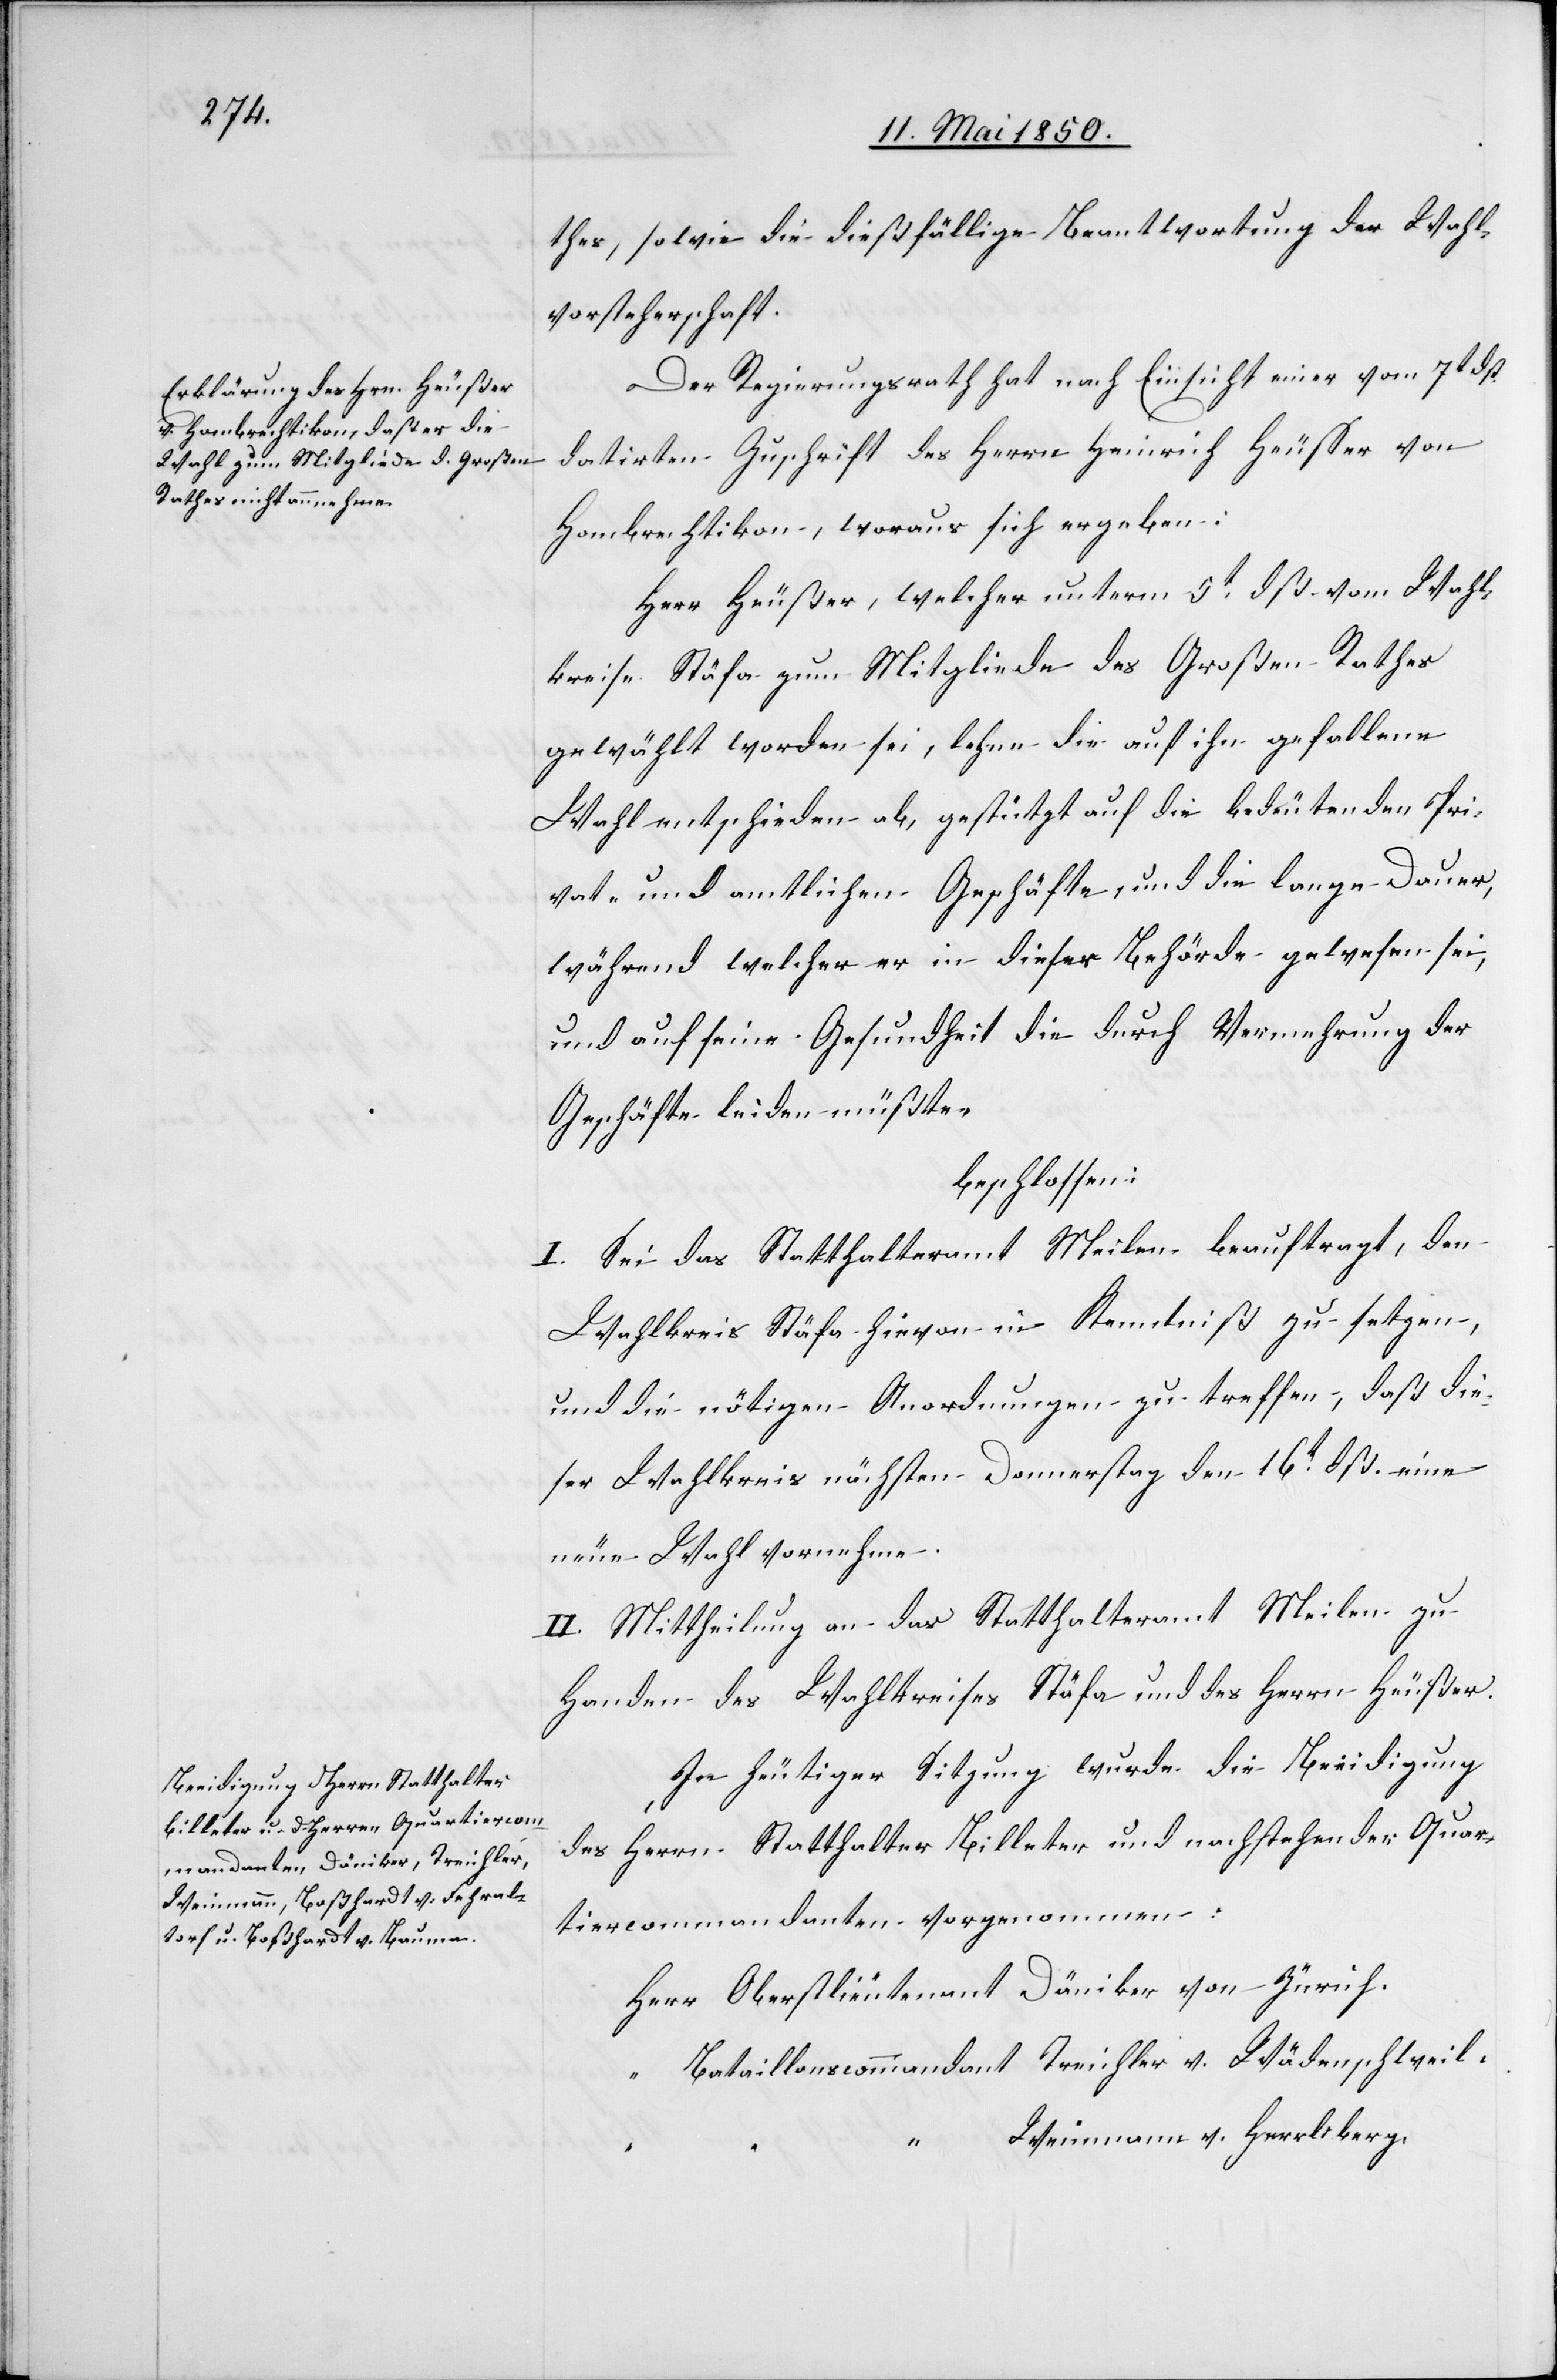
thes, sowie die dießfällige Beantwortung der Wahl¬
vorsteherschaft.
Der Regierungsrath hat nach Einsicht einer vom 7t dß.
datirten Zuschrift des Herrn Heinrich Heusser von
Hombrechtikon, woraus sich ergeben:
Herr Heußer, welcher unterm 5t dß. vom Wahl¬
kreise Stäfa zum Mitgliede des Großen Rathes
gewählt worden sei, lehne die auf ihn gefallene
Wahl entschieden ab, gestützt auf die bedeutenden Pri¬
vat- und amtlichen Geschäfte, und die lange Dauer,
während welcher er in dieser Behörde gewesen sei,
und auf seine Gesundheit die durch Vermehrung der
Geschäfte leiden müßte,
beschlossen:
I. Sei das Statthalteramt Meilen beauftragt, den
Wahlkreis Stäfa hievon in Kenntniß zu setzen,
und die nötigen Anordnungen zu treffen, daß die¬
ser Wahlkreis nächsten Donnerstag den 16t dß. eine
neue Wahl vornehme.
II. Mittheilung an das Statthalteramt Meilen zu
Handen des Wahlkreises Stäfa und des Herrn Heußer.
In heutiger Sitzung wurde die Beeidigung
des Herrn Statthalter Billeter und nachstehender Quar¬
tiercommandanten vorgenommen:
Herr Oberstlieutenant Däniker von Zürich.
“ Bataillonscommandant Treichler v. Wädenschweil.
Weinmann v. Herrliberg.